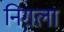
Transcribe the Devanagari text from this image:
निग़ला